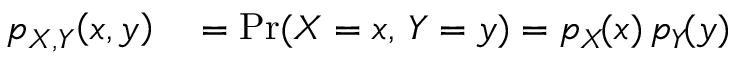
\begin{array} { r l } { p _ { X , Y } \! \left( x , y \right) } & { { } { } = \operatorname* { P r } ( X = x , \, Y = y ) = p _ { X } \! ( x ) \, p _ { Y } \! ( y ) } \end{array}